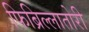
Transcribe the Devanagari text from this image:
फिब्रिल्लातोरी